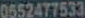
0552477533